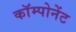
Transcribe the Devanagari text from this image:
काॅम्पोनेंट